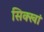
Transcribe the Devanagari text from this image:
सिक्खां